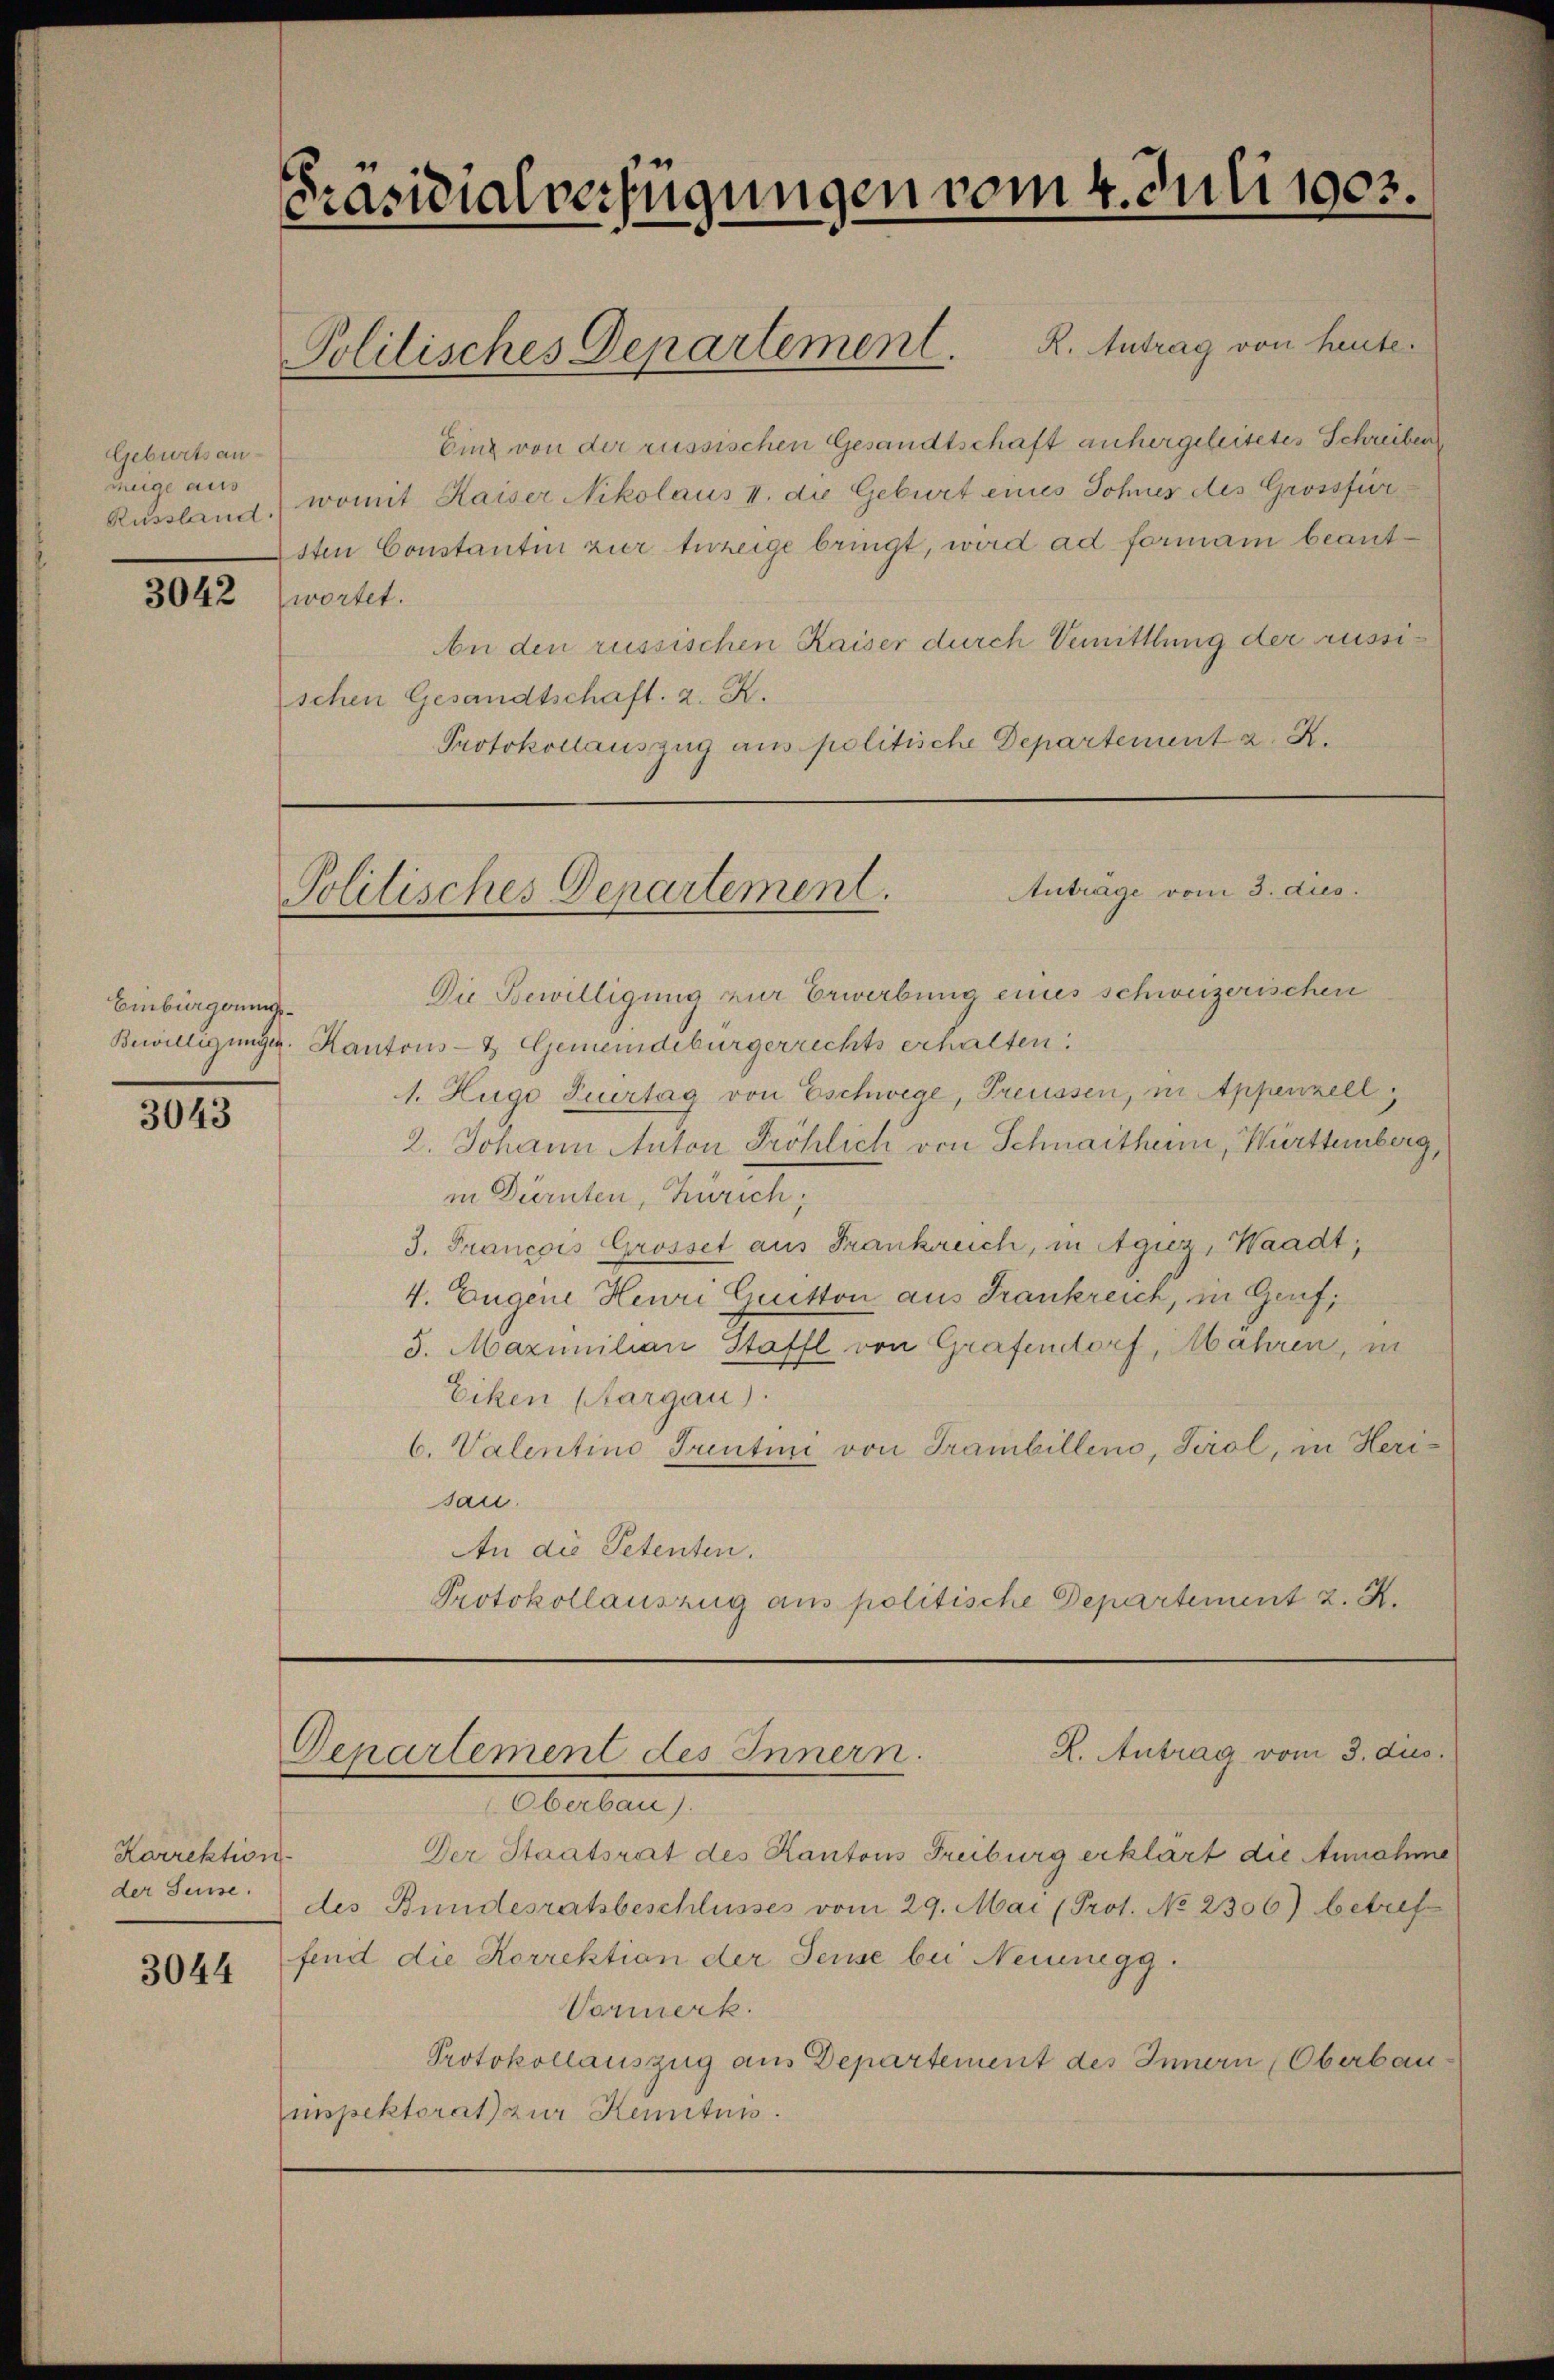
Geburtsanzüge aus
Russland.

3042

Einburgerun

3043

Karrektion
der Seuse.

3044

Präsidialverfügungen vom 4. Juli 1903.

Einz von der russischen Gesandtschaft anhergeleitetes Schreiben
womit Kaiser Nikolaus I. die Geburt eines Sohner des Grossfür
sten Constantin zier terzeige bringt, wird ad formann beantwortet.
An den russischen Kaiser durch Vemittlung der russischen Gesandtschaft. 2. K.
Protokollauszug aus politische Departement z. B.

Politisches Departement. K. Antrag von heute.

Anträge vom 3. dies
Politisches Departement.

Die Bewilligung zur Erwerbung eines schweizerischen
Bewilligungen. Kantons- & Gemeindebürgerrechts erhalten:
1. Hugo Peertag von Eschwege, Preussen, in Appenzell
2. Johann Anton Fröhlich von Schnaitheim, Württemberg,
in Dürnten, Zürich,
3. Francois Grosset aus Frankreich, in Agiez, Waadt;
4. Eugene Heuri Guitton aus Frankreich, in Genf,
5. Maximilian Staffl von Grafendorf, Abahren, in
Eiken Aargau)
6. Valentino Trentini von Trambillens, Tirol, in Herisan.
An die Petenten.
Protokollauszug aus politische Departement 2. X.
R. Antrag vom 3. dus.
Denartement des Innern.
Oberban
Der Staatsrat des Kantons Freiburg erklärt die Annahme
des Bundesratsbeschlusses vom 29. Mai (Prot. No 2306) betref
fend die Korrektion der Sense bei Neunegg
Vormerk.
Protokollauszug aus Departement des Innern Oberbau
inspektorat zur Kenntnis.